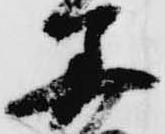
算